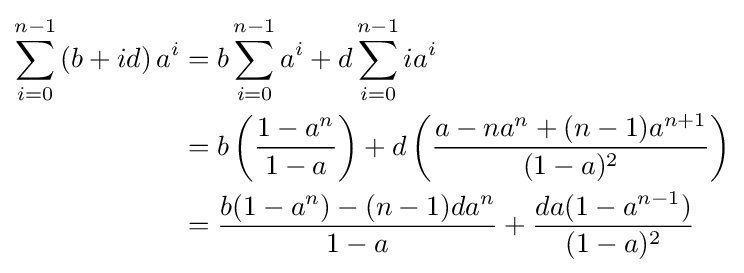
{\begin{aligned}\sum _{i=0}^{n-1}\left(b+id\right)a^{i}&=b\sum _{i=0}^{n-1}a^{i}+d\sum _{i=0}^{n-1}ia^{i}\\&=b\left({\frac {1-a^{n}}{1-a}}\right)+d\left({\frac {a-na^{n}+(n-1)a^{n+1}}{(1-a)^{2}}}\right)\\&={\frac {b(1-a^{n})-(n-1)da^{n}}{1-a}}+{\frac {da(1-a^{n-1})}{(1-a)^{2}}}\end{aligned}}